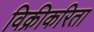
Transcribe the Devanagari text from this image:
विक्रीकरिता